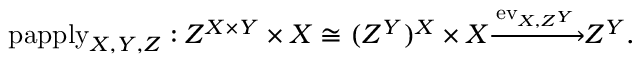
\mathrm { p a p p l y } _ { X , Y , Z } : Z ^ { X \times Y } \times X \cong ( Z ^ { Y } ) ^ { X } \times X { \xrightarrow { \mathrm { e v } _ { X , Z ^ { Y } } } } Z ^ { Y } .